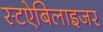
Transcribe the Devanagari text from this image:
स्टऐबिलाइजर